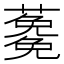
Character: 𮒉